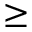
\geq